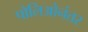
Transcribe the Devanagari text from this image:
पोलिओनंतर